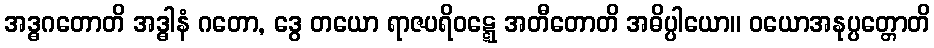
အဒ္ဓဂတောတိ အဒ္ဓါနံ ဂတော, ဒွေ တယော ရာဇပရိဝဋ္ဋေ အတီတောတိ အဓိပ္ပါယော။ ဝယောအနုပ္ပတ္တောတိ